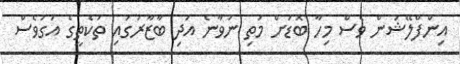
އިންފްލޭޝަން ވެސް މިހާ ބޮޑަށް މަތި ނުވާނެ އަދި ބާޒާރުގައި ތަކެތީގެ އަގުވެސް